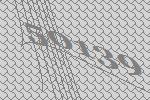
50139